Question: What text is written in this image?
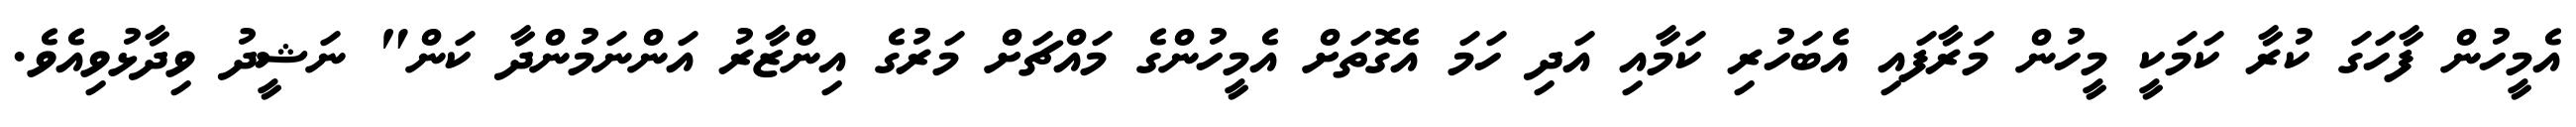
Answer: އެމީހުން ފާހަގަ ކުރާ ކަމަކީ މީހުން މަރާފައި އެބަހުރި ކަމާއި އަދި ހަމަ އެގޮތަށް އެމީހުންގެ މައްޗަށް މަރުގެ އިންޒާރު އަންނަމުންދާ ކަން" ނަޝީދު ވިދާޅުވިއެވެ.